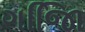
ગજાિિ